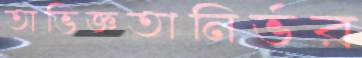
অভিজ্ঞতানির্ভর